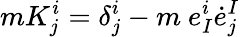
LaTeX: mK_{j}^{i}=\delta_{j}^{i}-m~e_{I}^{i}{\dot{e}}_{j}^{I}